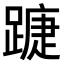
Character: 𨄀